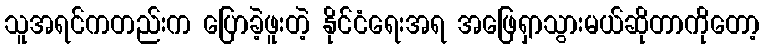
သူအရင်ကတည်းက ပြောခဲ့ဖူးတဲ့ နိုင်ငံရေးအရ အဖြေရှာသွားမယ်ဆိုတာကိုတော့